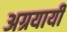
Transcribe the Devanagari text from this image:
अग्रयायी